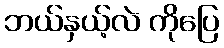
ဘယ်နှယ့်လဲ ကိုပြေ